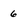
Character: 6